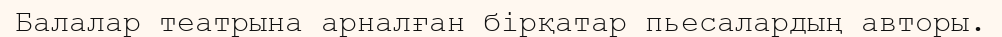
Балалар театрына арналған бірқатар пьесалардың авторы.